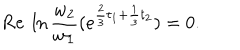
\mathrm { R e } ~ \ln \frac { w _ { 2 } } { w _ { 1 } } ( e ^ { \frac { 2 } { 3 } t _ { 1 } + \frac { 1 } { 3 } t _ { 2 } } ) = 0 .